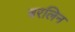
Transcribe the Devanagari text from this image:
बरलिन